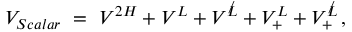
V _ { S c a l a r } \ = \ V ^ { 2 H } + V ^ { L } + V ^ { \not L } + V _ { + } ^ { L } + V _ { + } ^ { \not L } \, ,